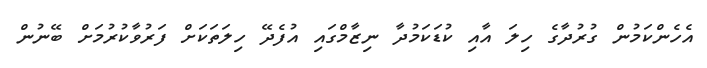
އެހެންކަމުން ގުރުދާގެ ހިލަ އާއި ކުޑަކަމުދާ ނިޒާމްގައި އުފެދޭ ހިލަތަކަށް ފަރުވާކުރުމަށް ބޭނުން